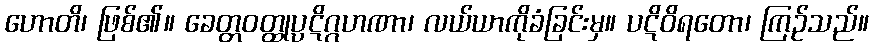
ဟောတိ၊ ဖြစ်၏။ ခေတ္တဝတ္ထုပ္ပဋိဂ္ဂဟဏာ၊ လယ်ယာကိုခံခြင်းမှ။ ပဋိဝိရတော၊ ကြဉ်သည်။